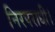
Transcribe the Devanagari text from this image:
निरपराधी।